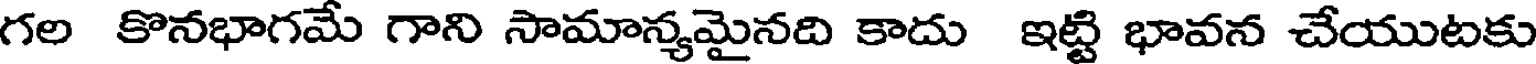
గల కొనభాగమే గాని సామాన్యమైనది కాదు ఇట్టి భావన చేయుటకు